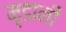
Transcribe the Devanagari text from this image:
मृडानी